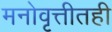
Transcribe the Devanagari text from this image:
मनोवृत्तीतही